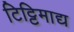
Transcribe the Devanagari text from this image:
टिट्टिमाद्य